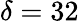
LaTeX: \delta=32